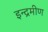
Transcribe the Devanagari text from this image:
इन्द्रमीण